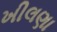
ખીલણા